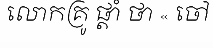
លោកគ្រូ ផ្តាំ ថា « ចៅ